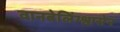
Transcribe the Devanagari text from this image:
वानबेलिंग्श्वासेन